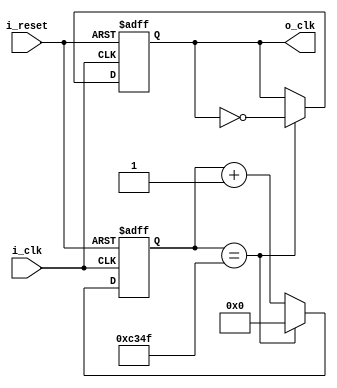
`timescale 1ns / 1ps
//////////////////////////////////////////////////////////////////////////////////
// Company: 
// Engineer: 
// 
// Design Name: 
// Module Name: clock_divider
// Project Name: 
// Target Devices: 
// Tool Versions: 
// Description: 
// 
// Dependencies: 
// 
// Revision:
// Revision 0.01 - File Created
// Additional Comments:
// 
//////////////////////////////////////////////////////////////////////////////////


module clock_divider(
        input i_clk,
        input i_reset,
        output o_clk
    );

    reg  r_clk = 0;
    reg [31:0] r_counter = 0;
    assign o_clk = r_clk;
    // 100_000 / 2 -1 => 1kHz  =====> 100_000_000 / 1_000 = 100_000
    always @(posedge i_clk or posedge i_reset) begin
        if(i_reset)begin
            r_clk <= 0;
            r_counter <= 0;
        end
        else begin
            if(r_counter == 50_000 - 1) begin
                r_counter <= 0;
                r_clk = ~r_clk;
            end
            else begin
                r_counter <= r_counter + 1;
            end
        end

    end
endmodule